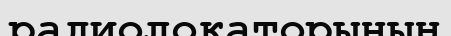
радиолокаторының